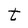
Character: t